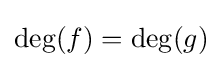
\deg(f)=\deg(g)